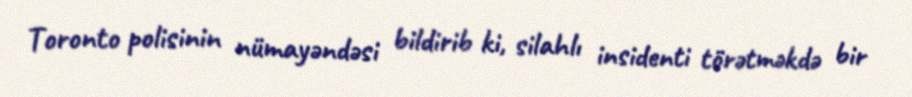
Toronto polisinin nümayəndəsi bildirib ki, silahlı insidenti törətməkdə bir